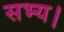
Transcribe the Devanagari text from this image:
सभ्य।